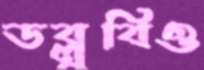
ডব্লুবিও